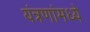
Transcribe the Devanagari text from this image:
यंत्रणांमध्ये